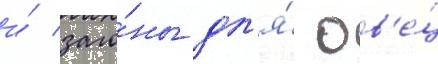
и́ заго́ны дл'я́ ов'е́ц